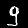
Digit: 9